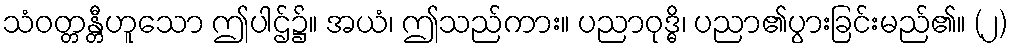
သံဝတ္တန္တီဟူသော ဤပါဌ်၌။ အယံ၊ ဤသည်ကား။ ပညာဝုဒ္ဓိ၊ ပညာ၏ပွားခြင်းမည်၏။ (၂)